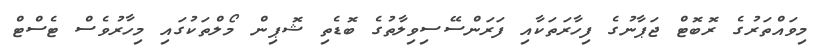
މިވައްތަރުގެ ރޮބޮޓް ޖަޕާނުގެ ފިހާރަތަކާއި ފަރަންސޭސިވިލާތުގެ ބޮޑެތި ޝޮޕިން މޯލްތަކުގައި މިހާރުވެސް ޓެސްޓް